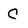
Character: C